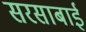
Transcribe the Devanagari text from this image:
सरसाबाई